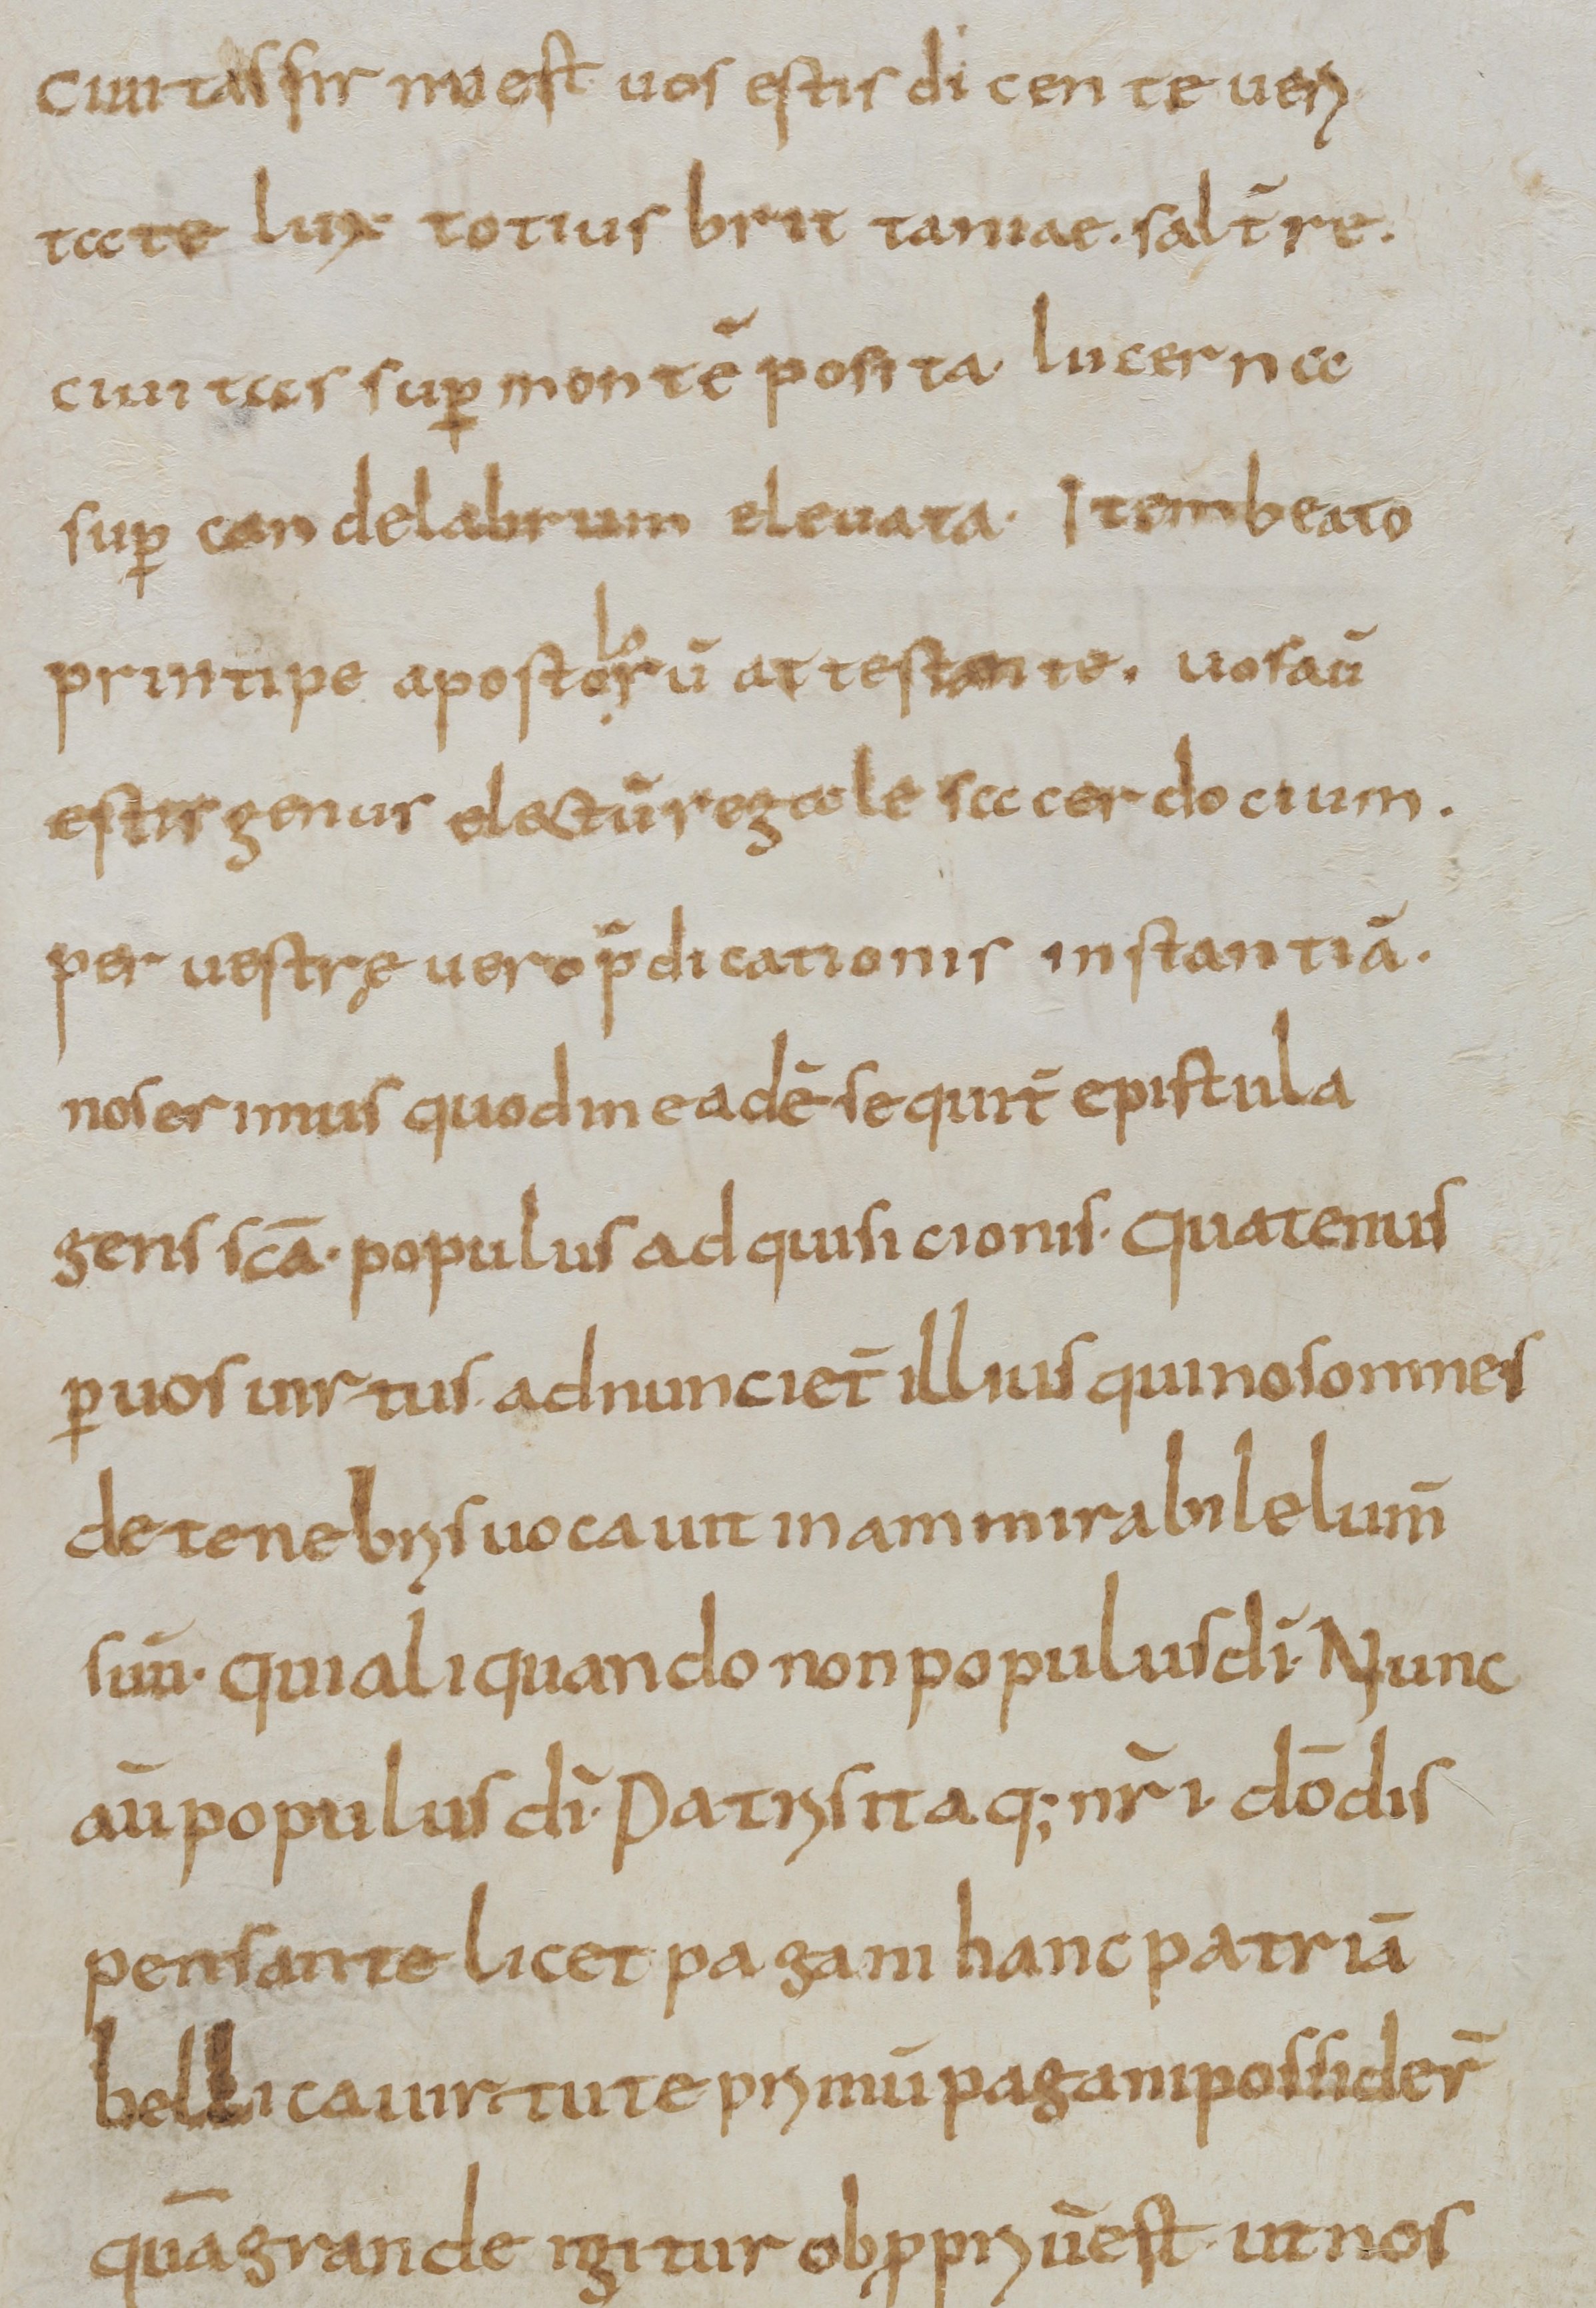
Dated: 800–830